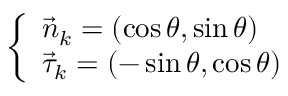
\left\{ \begin{array} { l } { { \vec { n } _ { k } = \left( \cos \theta , \sin \theta \right) } } \\ { { \vec { \tau } _ { k } = \left( - \sin \theta , \cos \theta \right) } } \end{array} \right.